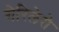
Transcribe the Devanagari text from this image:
गेरिलेरो